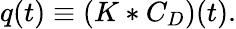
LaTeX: q(t)\equiv\left(K*C_{D}\right)(t).